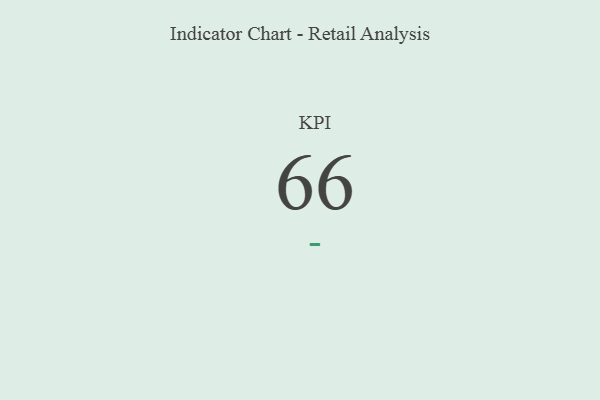
{"axis": {"x": "KPI", "y": "Value"}, "legend": [""], "data": [{"x": "KPI", "y": 66, "type": ""}]}